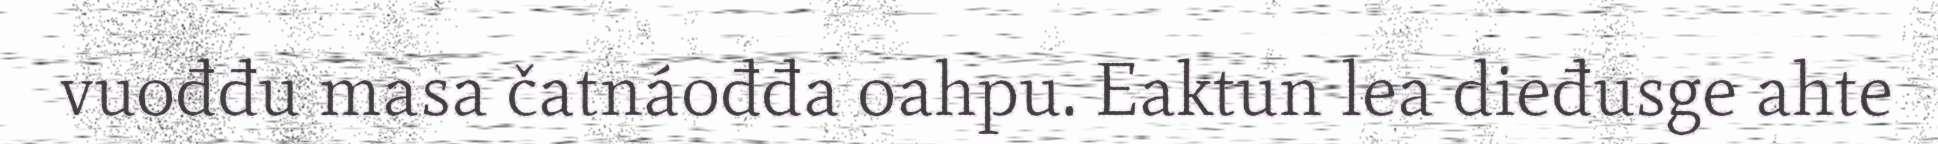
vuođđu masa čatnáođđa oahpu. Eaktun lea dieđusge ahte